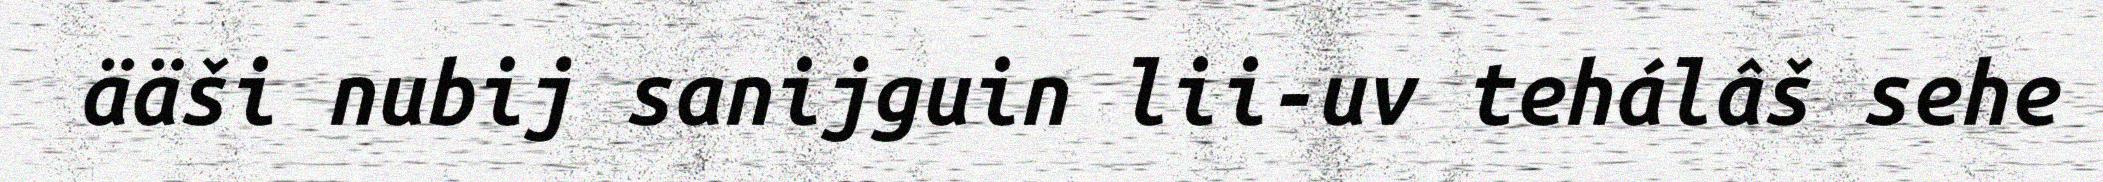
ääši nubij sanijguin lii-uv tehálâš sehe